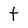
Character: t